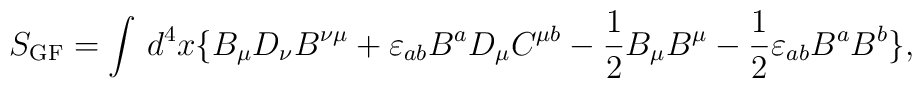
S_{\rm GF}=\int\,d^4x\{B_\mu D_\nu B^{\nu\mu}+ \varepsilon_{ab}B^aD_\mu C^{\mu b}-\frac{1}{2}B_\mu B^\mu -\frac{1}{2}\varepsilon_{ab}B^aB^b\},